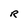
Character: R